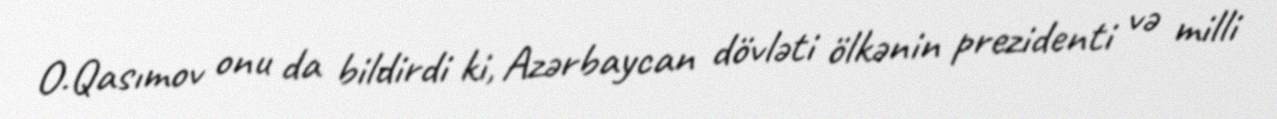
O.Qasımov onu da bildirdi ki, Azərbaycan dövləti ölkənin prezidenti və milli